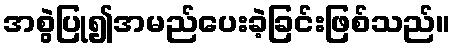
အစွဲပြု၍အမည်ပေးခဲ့ခြင်းဖြစ်သည်။